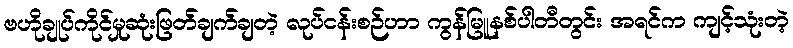
ဗဟိုချုပ်ကိုင်မှုဆုံးဖြတ်ချက်ချတဲ့ လုပ်ငန်းစဉ်ဟာ ကွန်မြူနစ်ပါတီတွင်း အရင်က ကျင့်သုံးတဲ့